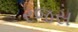
રજસ